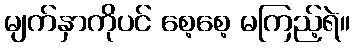
မျက်နှာကိုပင် စေ့စေ့ မကြည့်ရဲ။